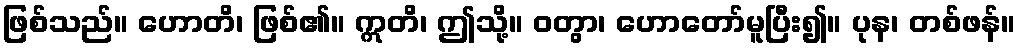
ဖြစ်သည်။ ဟောတိ၊ ဖြစ်၏။ ဣတိ၊ ဤသို့။ ဝတွာ၊ ဟောတော်မူပြီး၍။ ပုန၊ တစ်ဖန်။